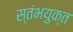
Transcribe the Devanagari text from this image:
स्तंभयुक्त